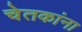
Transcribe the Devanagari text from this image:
चेतकांना